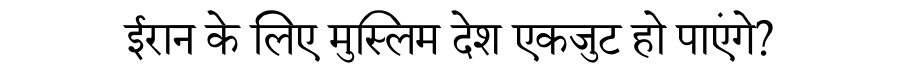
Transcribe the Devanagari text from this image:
ईरान के लिए मुस्लिम देश एकजुट हो पाएंगे?